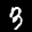
Label: 3